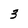
Character: 3